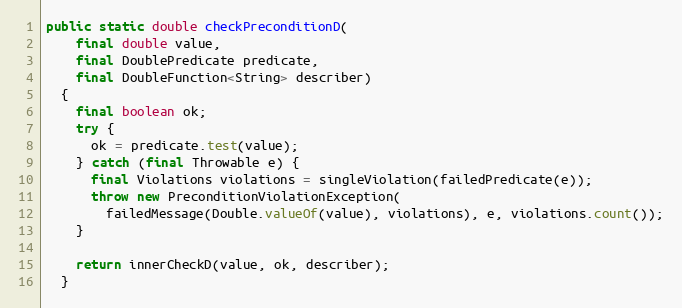
Language: Java
public static double checkPreconditionD(
    final double value,
    final DoublePredicate predicate,
    final DoubleFunction<String> describer)
  {
    final boolean ok;
    try {
      ok = predicate.test(value);
    } catch (final Throwable e) {
      final Violations violations = singleViolation(failedPredicate(e));
      throw new PreconditionViolationException(
        failedMessage(Double.valueOf(value), violations), e, violations.count());
    }

    return innerCheckD(value, ok, describer);
  }